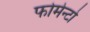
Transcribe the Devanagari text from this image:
फोमेन्टो